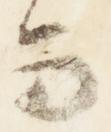
而